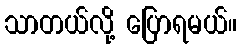
သာတယ်လို့ ပြောရမယ်။